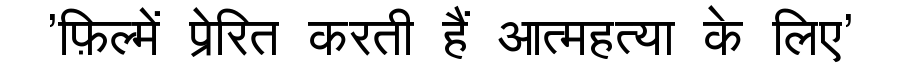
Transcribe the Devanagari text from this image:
'फ़िल्में प्रेरित करती हैं आत्महत्या के लिए'